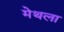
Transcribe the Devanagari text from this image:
मेथला